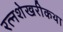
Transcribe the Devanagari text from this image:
रत्नशेखरीकथा